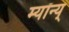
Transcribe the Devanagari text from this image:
म्यॉन्य्